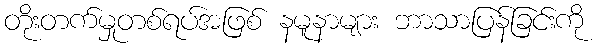
တိုးတက်မှုတစ်ရပ်အဖြစ် နမူနာများ ဘာသာပြန်ခြင်းကို